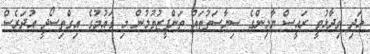
އަދި ވިދާޅުވީ ރައީސް ޔާމިންގެ ސިޔާސަތުތައް ތަންފީޒުވުމުން މި ގައުމުގެ އިގްތިސޯދީ އުދަރެސް